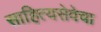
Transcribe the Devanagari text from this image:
साहित्यसेवेचा